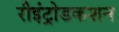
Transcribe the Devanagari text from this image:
रीइंट्रोडकशन